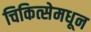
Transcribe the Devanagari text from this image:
चिकित्सेमधून